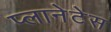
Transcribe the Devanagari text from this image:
प्लानेटेस